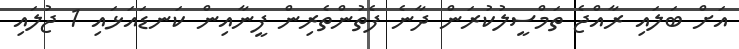
އަށް ބަލައި ރާއްޖެ ތަމްސީލުކުރަން ދާނެ ފެތުންތެރިން ފީނާއިން ކަނޑައަޅައި 1 ޖުލައި